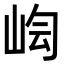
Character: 𡷃